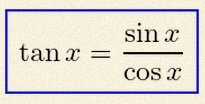
\tan x=\frac{\sin x}{\cos x}